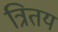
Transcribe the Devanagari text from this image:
त्रितय